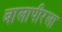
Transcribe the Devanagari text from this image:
बालापीरला